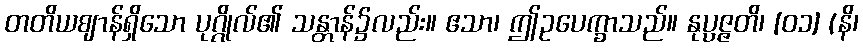
တတိယဈာန်ရှိသော ပုဂ္ဂိုလ်၏ သန္တာန်၌လည်း။ ဧသာ၊ ဤဥပေက္ခာသည်။ နုပ္ပဇ္ဇတိ၊ [၀၁] (နိ၊